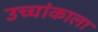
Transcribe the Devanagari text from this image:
उच्चांकाला